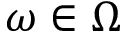
\omega \in \Omega